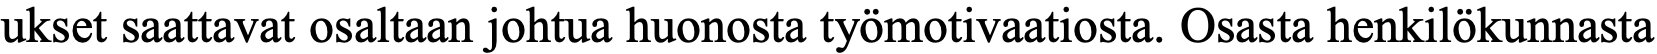
ukset saattavat osaltaan johtua huonosta työmotivaatiosta. Osasta henkilökunnasta